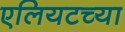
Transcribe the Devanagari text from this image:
एलियटच्या